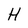
Character: H